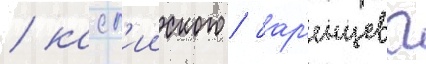
/ касп'ииского / бар'енцева